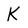
Character: K